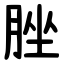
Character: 脞